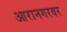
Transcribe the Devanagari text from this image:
आरानगरवर